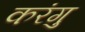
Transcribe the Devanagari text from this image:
करंगु